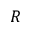
R